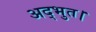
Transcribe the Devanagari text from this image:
अद्भुत।